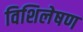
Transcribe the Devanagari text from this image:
विशिलेषण